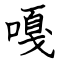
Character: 嘎